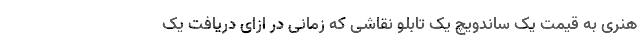
هنری به قیمت یک ساندویچ یک تابلو نقاشی که زمانی در ازای دریافت یک